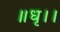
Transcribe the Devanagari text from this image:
॥धृ।।